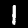
Digit: 1